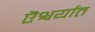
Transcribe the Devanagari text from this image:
ऎश्वर्यात